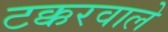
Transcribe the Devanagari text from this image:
टक्करवाले